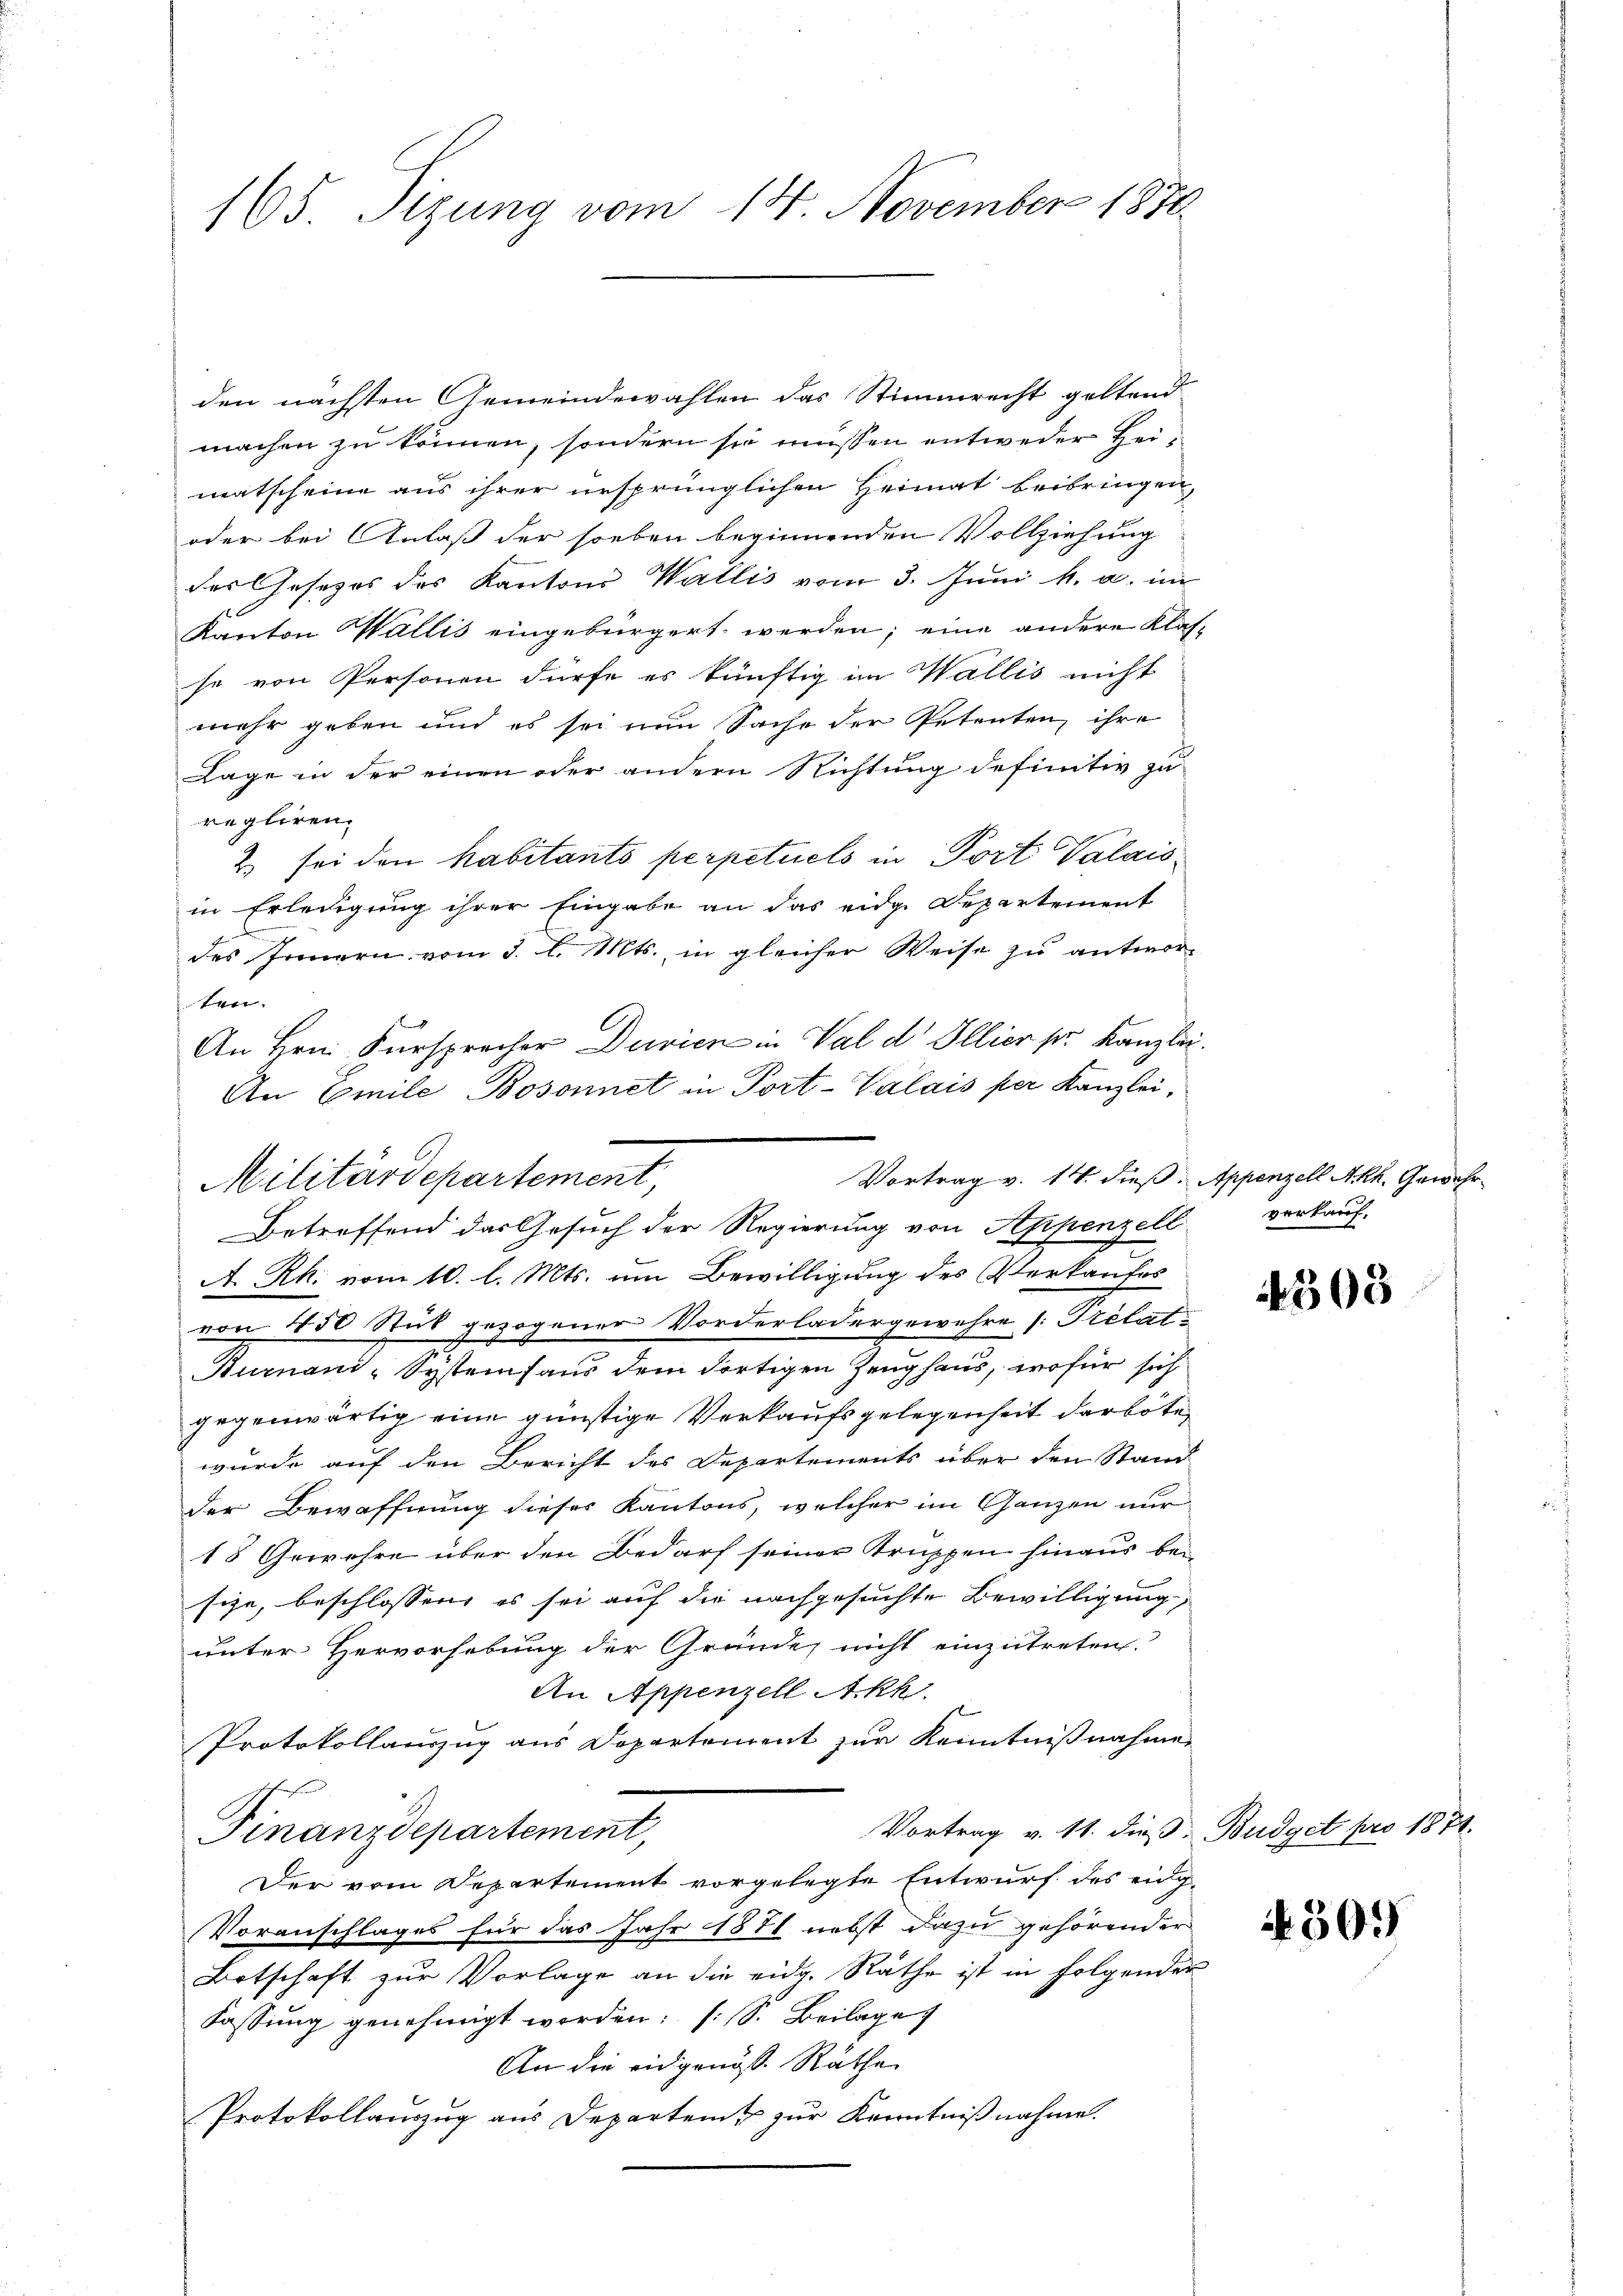
165. Sizung vom 14. November 1871.

den nächsten Gemeindewahlen das Stimmrecht geltend
machen zu können, sondern sie müssen entweder Hei-
matscheine aus ihrer ursprünglichen Heimat beibringen,
oder bei Anlaß der soeben beginnenden Vollziehung
des Gesetzes des Kantons Wallis vom 3. Juni h. a. im
Kanton Wallis eingebürgert werden; eine andere Klas-
se von Personen dürfe es künftig im Wallis nicht
mehr geben und es sei nun Sache der Petenten, ihre
Lage in der einen oder andern Richtung definitiv zu
regliren.
2. sei den habitants perpetuels in Port Valaisin Erledigung ihrer Eingabe an das eidge Departement
des Innern vom 3. l. Mts., in gleicher Weise zu antworten.
An Hrn. Fürsprecher Durien in Val d. Illier pr. Kanzlei.
Vortrag v. 14. dieß. Appenzell Akk. Gewahr¬
A. Rh. vom 10. l. Mts. um Bewilligung des Verkaufes
von 450 Stück gezogener Vorderladergewehre [Prélati
Burnau-Systemhaus dem dortigen Zeughaus, wofür sich
gegenwärtig eine günstige Verkaufsgelegenheit darbote
wurde auf den Bericht des Departements über den Stand
der Bewaffnung dieses Kantons, welcher im Ganzen nur
18 Gewehre über den Bedarf seiner Truppen hinaus bei
sche, beschlossen, es sei auf die nachgesuchte Bewilligung,
unter Hervorhebung der Gründe, nicht einzutreten.
An Appenzell Akk
Protokollauszug aus Departement zur Kenntnißnahme
Vortrag v. 11. dieß:
Finanzdepartement,
Der vom Departement vorgelegte Entwurf des eidg-
Voranschlages für das Jahr 1871 nebst dazu gehörender
Botschaft zur Vorlage an die eidg. Räthe ist in folgender
Fassung genehmigt worden: (S. Beilage
An die eidgenöss. Räthe
Protokollauszug aus Departent zur Kenntnißnahme.

An Emile Bosonnet in Port-Valais per Kanzlei,
Militärdepartement,
Betreffend der Gesuch der Regierung von Appenzell verkauf-

4305

Budget pro 1871.

4509